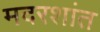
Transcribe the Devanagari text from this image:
मदरशांत